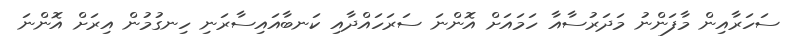
ސަހަރާއިން މާފަންނު މަދަރުސާއާ ހަމައަށް އޮންނަ ސަރަހައްދާއި ކަނބާއައިސާރަނި ހިނގުމުން އިރަށް އޮންނަ